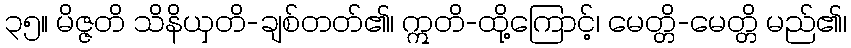
၃၅။ မိဇ္ဇတိ သိနိယှတိ-ချစ်တတ်၏၊ ဣတိ-ထို့ကြောင့်၊ မေတ္တိ-မေတ္တိ မည်၏၊